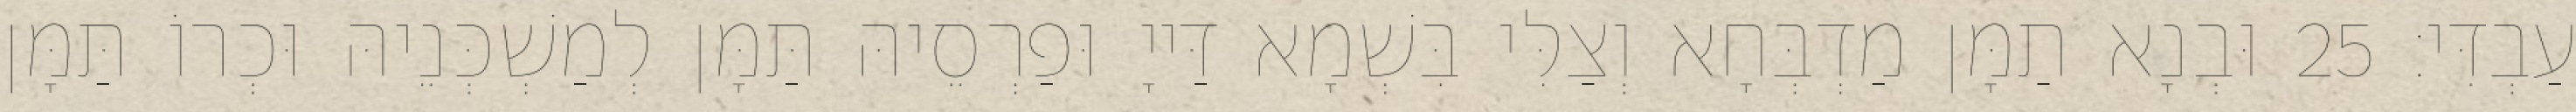
עַבְדִּי׃ 25 וּבְנָא תַמָּן מַדְבְּחָא וְצַלִּי בִּשְׁמָא דַּייָ וּפַרְסֵיהּ תַּמָּן לְמַשְׁכְּנֵיהּ וּכְרוֹ תַּמָּן